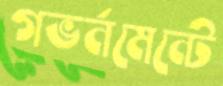
গভর্নমেন্টে